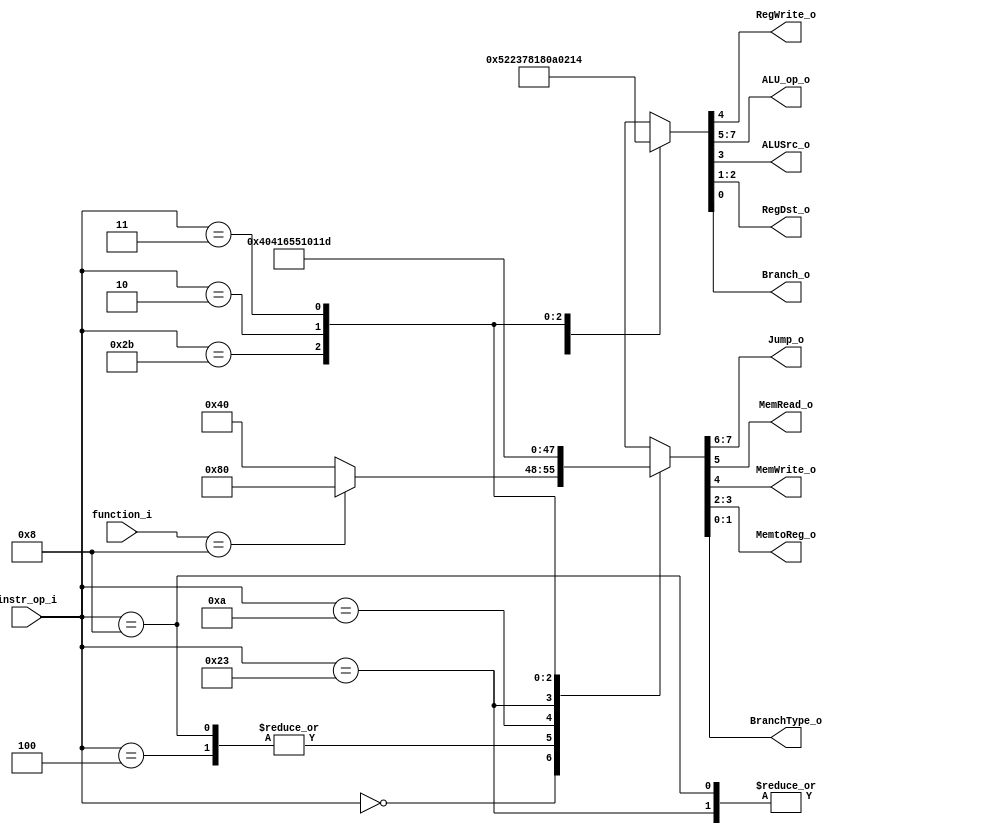
// 109550018
`timescale 1ns/1ps

module Decoder(
    instr_op_i,
	function_i,
	RegWrite_o,
	ALU_op_o,
	ALUSrc_o,
	RegDst_o,
	Branch_o,
	Jump_o, 
	MemRead_o, 
	MemWrite_o,
	MemtoReg_o,
	BranchType_o
	);
     
//I/O ports
input  [6-1:0] instr_op_i;
input  [6-1:0] function_i;

output         RegWrite_o;
output [3-1:0] ALU_op_o;
output         ALUSrc_o;
output [2-1:0] RegDst_o;
output         Branch_o;
output		   MemRead_o, MemWrite_o; //
output [2-1:0] Jump_o, MemtoReg_o, BranchType_o; //
 
//Internal Signals
reg    [3-1:0] ALU_op_o;
reg            ALUSrc_o;
reg            RegWrite_o;
reg    [2-1:0] RegDst_o;
reg            Branch_o;
reg 		   MemRead_o, MemWrite_o; //
reg    [2-1:0] Jump_o, MemtoReg_o, BranchType_o; // 

//Parameter

//Main function
always @(*) begin
	case(instr_op_i)
		// r-formats : add, sub, and, or, slt, jr
        6'b000000: begin
			{ ALU_op_o, RegWrite_o, ALUSrc_o, RegDst_o, Branch_o } <= 8'b01010010;
			case(function_i)
				6'b001000: begin // jr
					{ Jump_o, MemRead_o, MemWrite_o, MemtoReg_o, BranchType_o } <= 8'b10000000;
				end
				default: begin
					{ Jump_o, MemRead_o, MemWrite_o, MemtoReg_o, BranchType_o } <= 8'b01000000;
				end
			endcase
		end
        // addi
        6'b001000: begin
			{ ALU_op_o, RegWrite_o, ALUSrc_o, RegDst_o, Branch_o } <= 8'b00011000;
			{ Jump_o, MemRead_o, MemWrite_o, MemtoReg_o, BranchType_o } <= 8'b01000000;
		end
        // beq
        6'b000100: begin
			{ ALU_op_o, RegWrite_o, ALUSrc_o, RegDst_o, Branch_o } <= 8'b00100011;
			{ Jump_o, MemRead_o, MemWrite_o, MemtoReg_o, BranchType_o } <= 8'b01000000; //
		end
        // slti
        6'b001010: begin 
			{ ALU_op_o, RegWrite_o, ALUSrc_o, RegDst_o, Branch_o } <= 8'b01111000;
			{ Jump_o, MemRead_o, MemWrite_o, MemtoReg_o, BranchType_o } <= 8'b01000001;
		end
		// lw
		6'b100011: begin
			{ ALU_op_o, RegWrite_o, ALUSrc_o, RegDst_o, Branch_o } <= 8'b00011000;
			{ Jump_o, MemRead_o, MemWrite_o, MemtoReg_o, BranchType_o } <= 8'b01100101;
		end
		// sw
		6'b101011: begin
			{ ALU_op_o, RegWrite_o, ALUSrc_o, RegDst_o, Branch_o } <= 8'b00001010;
			{ Jump_o, MemRead_o, MemWrite_o, MemtoReg_o, BranchType_o } <= 8'b01010001;
		end
		// jump
		6'b000010: begin
			{ ALU_op_o, RegWrite_o, ALUSrc_o, RegDst_o, Branch_o } <= 8'b00000010; 
			{ Jump_o, MemRead_o, MemWrite_o, MemtoReg_o, BranchType_o } <= 8'b00000001; 
		end
		// jal
		6'b000011: begin
			{ ALU_op_o, RegWrite_o, ALUSrc_o, RegDst_o, Branch_o } <= 8'b00010100; // RegDst ?
			{ Jump_o, MemRead_o, MemWrite_o, MemtoReg_o, BranchType_o } <= 8'b00011101; //
		end
        // default
        default: begin
			{ ALU_op_o, RegWrite_o, ALUSrc_o, RegDst_o, Branch_o } <= 8'bxxxxxxxx;
			{ Jump_o, MemRead_o, MemWrite_o, MemtoReg_o, BranchType_o } <= 8'bxxxxxxxx;
		end
	endcase
end

endmodule